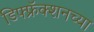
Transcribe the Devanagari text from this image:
डिफ्फ्रॅक्शनच्या